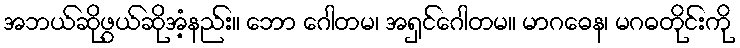
အဘယ်ဆိုဖွယ်ဆိုအံ့နည်း။ ဘော ဂေါတမ၊ အရှင်ဂေါတမ။ မာဂဓေန၊ မဂဓတိုင်းကို